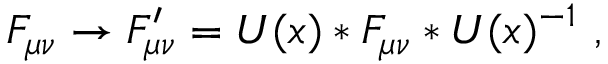
F _ { \mu \nu } \to F _ { \mu \nu } ^ { \prime } = U ( x ) * F _ { \mu \nu } * U ( x ) ^ { - 1 } \ ,